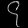
Digit: ၄